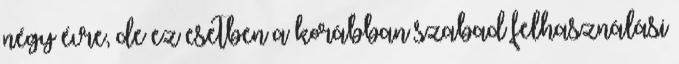
négy évre, de ez esetben a korábban szabad felhasználási